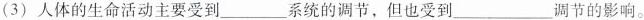
(3) 人体的生命活动主要受到 ___ 系统的调节，但也受到 ___ 调节的影响。